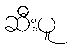
ဆီးပူ